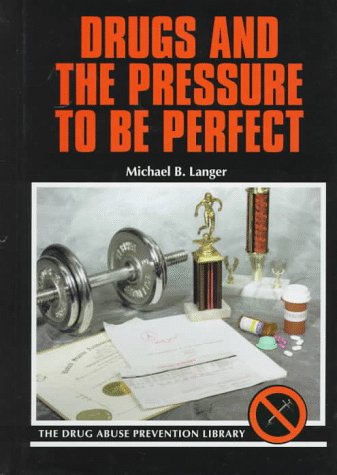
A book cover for Drugs and the Pressure to Be Perfect (Drug Abuse Prevention Library); Michael B. Langer; Teen & Young Adult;